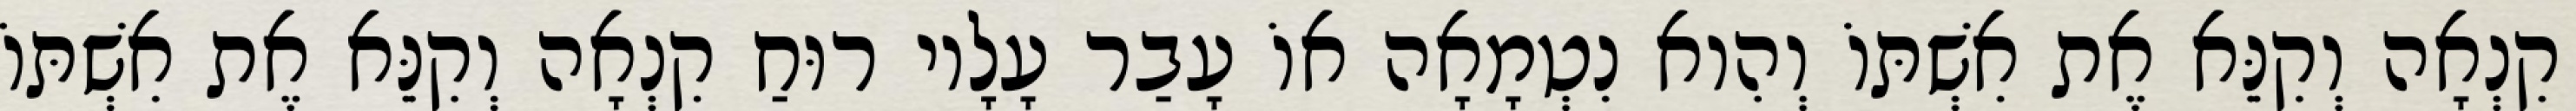
קִנְאָה וְקִנֵּא אֶת אִשְׁתּוֹ וְהִוא נִטְמָאָה אוֹ עָבַר עָלָיו רוּחַ קִנְאָה וְקִנֵּא אֶת אִשְׁתּוֹ